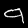
Label: 9